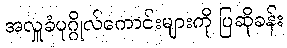
အလှူခံပုဂ္ဂိုလ်ကောင်းများကို ပြဆိုခန်း